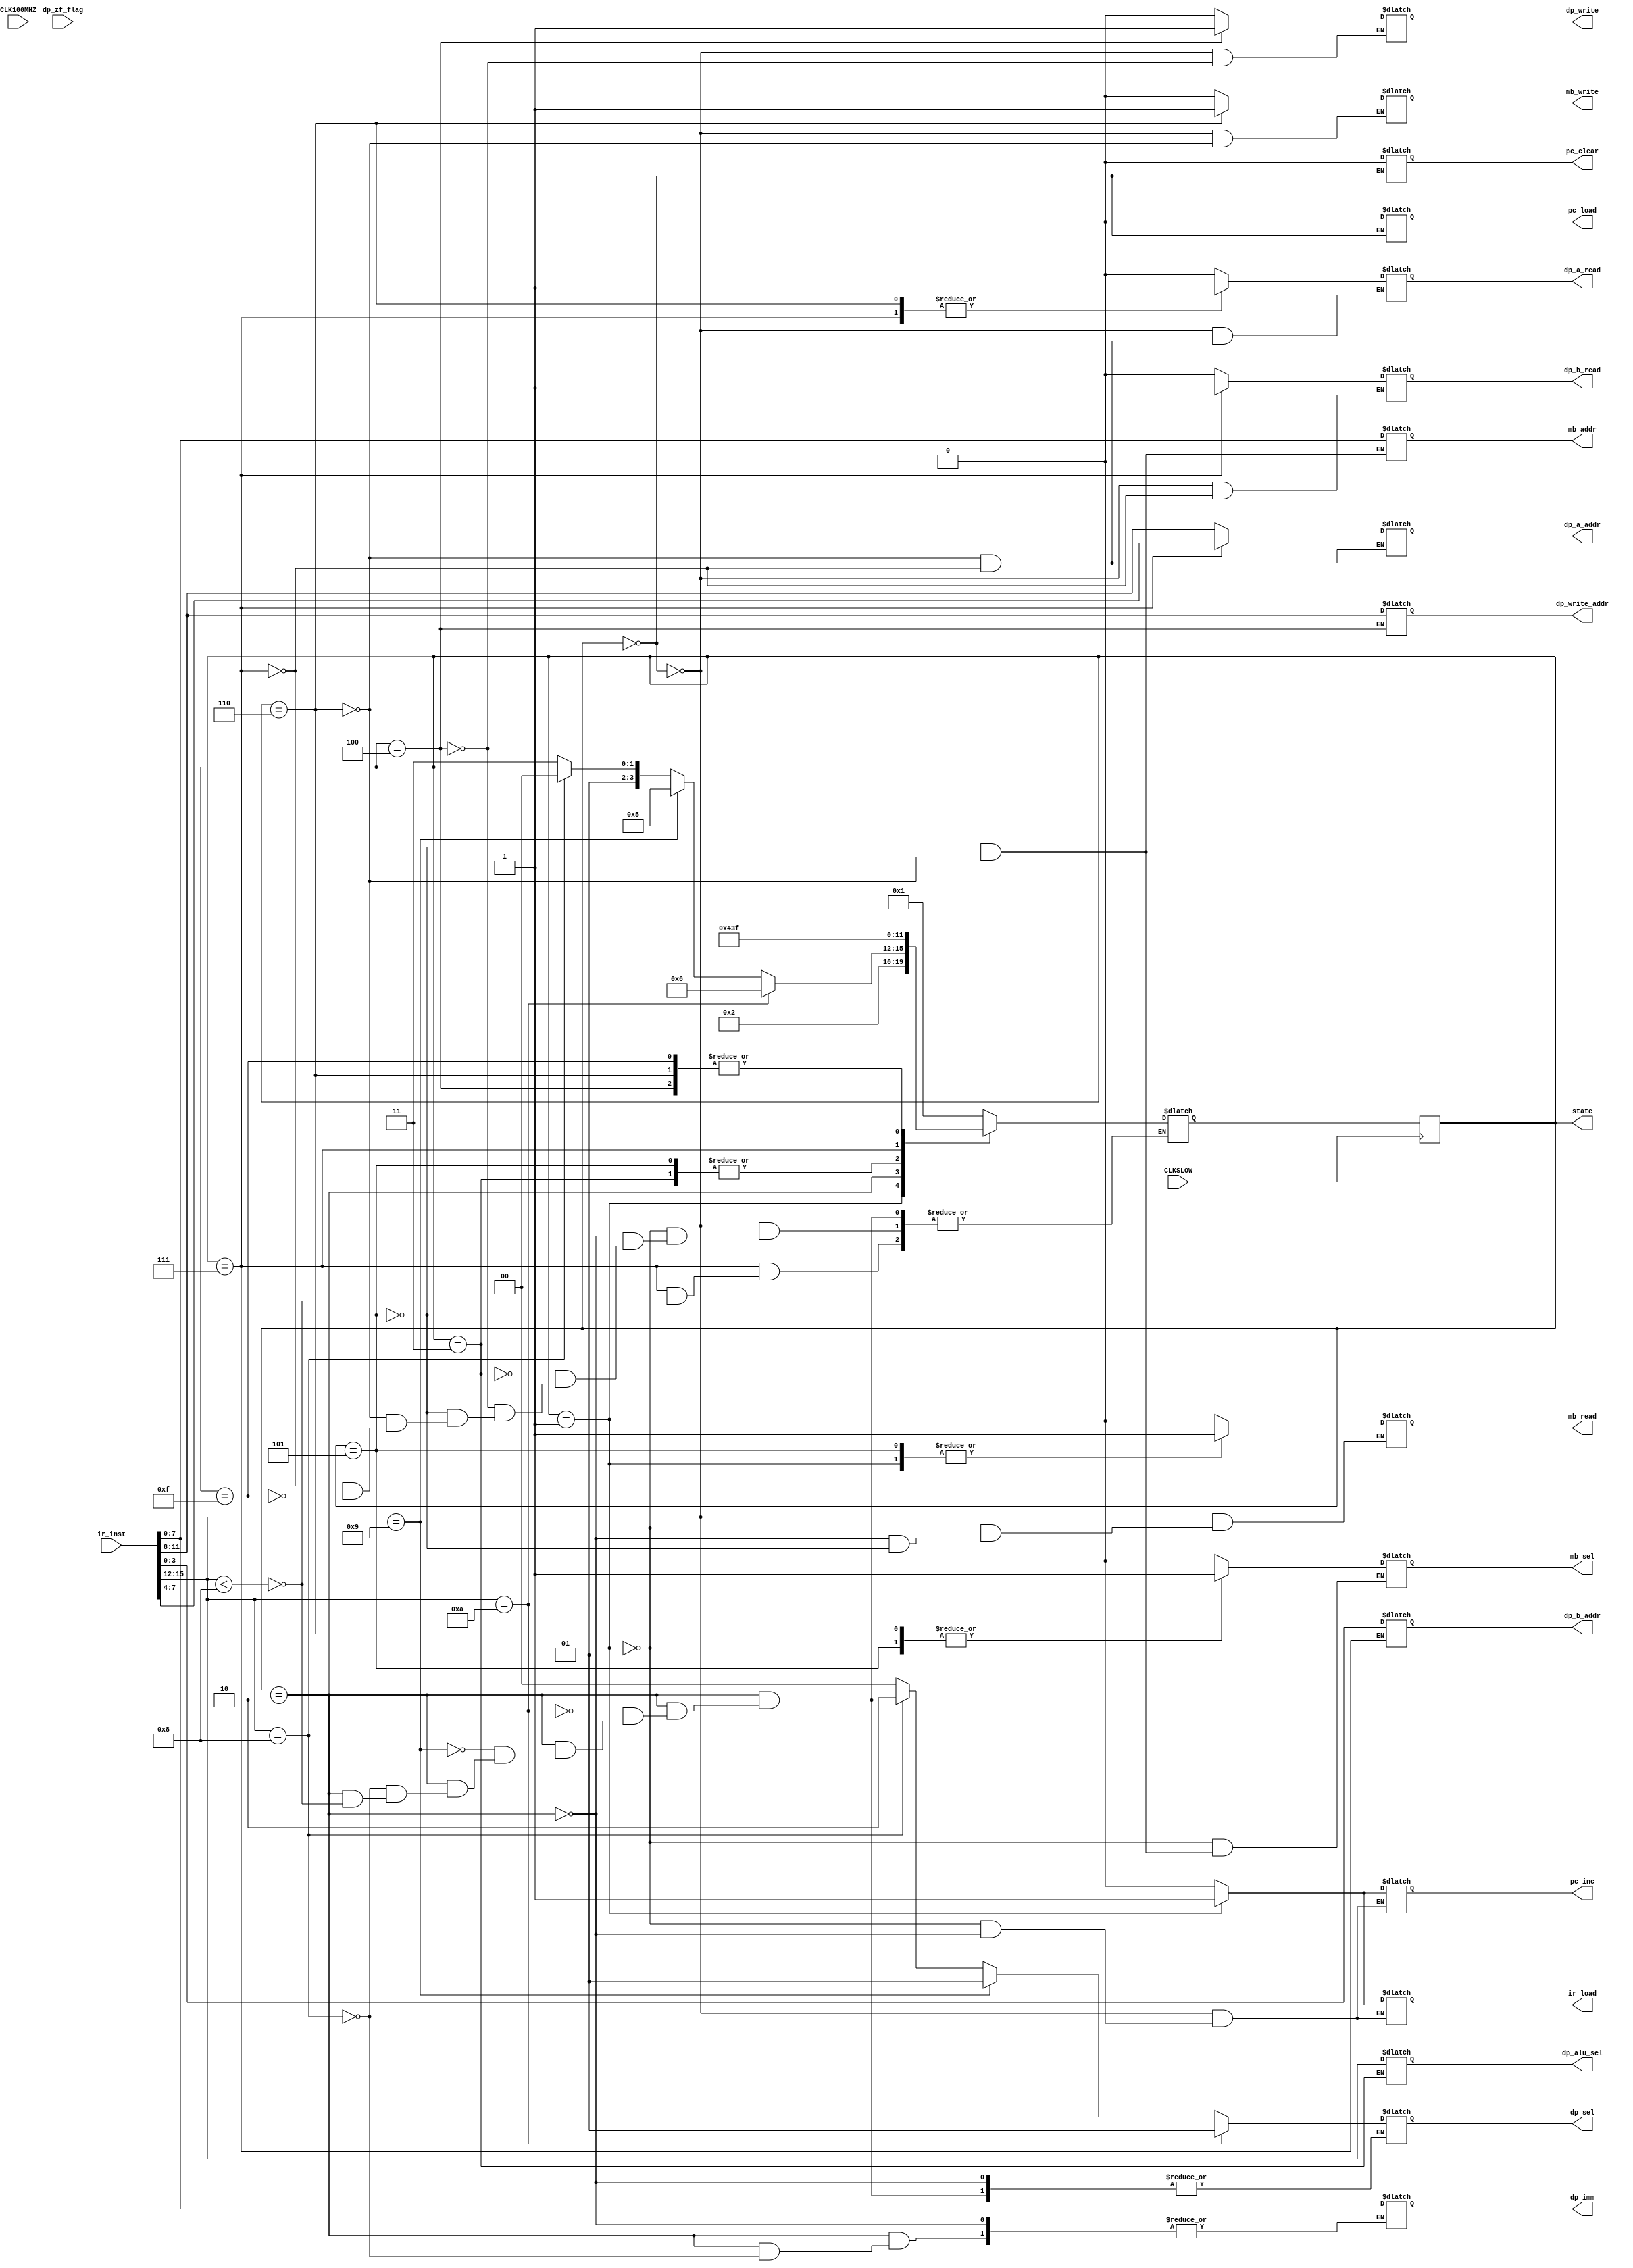
`timescale 1ns / 1ps
module CONTROLLER(
input CLK100MHZ,
input CLKSLOW,

input [15:0] ir_inst,

input dp_zf_flag,

//TO PC
output reg pc_load,
output reg pc_clear,
output reg pc_inc,

//TO IR
output reg ir_load,

//TO MEMBANK
output reg mb_sel,
output reg [7:0] mb_addr,

output reg mb_read,
output reg mb_write,

//TO DP
output reg [7:0] dp_imm,
output reg [1:0] dp_sel,

output reg [3:0] dp_write_addr,
output reg dp_write,

output reg [3:0] dp_a_addr,
output reg dp_a_read,

output reg [3:0] dp_b_addr,
output reg dp_b_read,

output reg [3:0] dp_alu_sel,

//DIAGNOSTICS
output reg [3:0] state
);

//RESET = 0, FETCH = 1, DECODE = 2, EXECUTE = 3, REGWRITE = 4, MEMREAD = 5, MEMWRITE = 6, REGREAD = 7 LINGO = F

reg [3:0] n_state;

initial n_state = 4'h0;
initial state = 4'h0;

always@(posedge CLKSLOW) begin
    state = n_state;
end

always@(state) begin
    case(state)
    4'h0:   begin   //RESET
                dp_write = 1'b0;    //FOR WB
                dp_a_read = 1'b0;
                dp_b_read = 1'b0;
                
                mb_read = 1'b0;
                mb_write = 1'b0;
                
                ir_load = 1'b0;
                pc_load = 1'b0;
                pc_clear = 1'b0;
                pc_inc = 1'b0;
                
                n_state = 4'h1;
            end
    4'h1:   begin   //FETCH
                mb_sel = 1'b0;
                
                mb_read = 1'b1;
                ir_load = 1'b1;
                pc_inc = 1'b1;
                             
                
                n_state = 4'h2;
            end
    4'h2:   begin   //DECODE
                mb_read = 1'b0;
                ir_load = 1'b0;
                pc_inc = 1'b0;
                                
                //if ALU operations
                if(ir_inst[15:12] < 4'h8) begin
                    dp_sel = 2'b00;     //select ALU in MUX
                    
                    n_state = 4'h7;
                end
                
                //for LI
                if(ir_inst[15:12] == 4'h8) begin
                    dp_sel = 2'b10;     //select IMM in MUX
                    
                    dp_imm = ir_inst[7:0];
                    
                    n_state = 4'h4;
                
                end
                
                //for LW
                if( (ir_inst[15:12] == 4'h9) ) begin
                    dp_sel = 2'b01;     //select MEM in MUX
                    
                    n_state = 4'h5;
                
                end
                
                //for SW
                if( (ir_inst[15:12] == 4'hA) ) begin
                    dp_sel = 2'b01;     //select MEM in MUX
                    
                    n_state = 4'h6;
                end
                
            end
    4'h3:   begin   //EXECUTE
                dp_alu_sel = ir_inst[15:12];
                
                n_state = 4'h4;   
            end
            
    4'h4:   begin   //WRITE 
                dp_write_addr = ir_inst[11:8];
                dp_write = 1'b1;
                
                n_state = 4'hF;
            end
    4'h5:   begin   //MEMREAD
                mb_sel = 1'b1;
                mb_addr = ir_inst[7:0];
                
                mb_read = 1'b1;
                
                n_state = 4'h4;
            end
    4'h6:   begin   //FOR SW ONLY (MEMWRITE)
                dp_a_addr = ir_inst[11:8];
                dp_a_read = 1'b1;
                
                mb_sel = 1'b1;
                mb_addr = ir_inst[7:0];
                
                mb_write = 1'b1;
                
                n_state = 4'hF;
                
            end
            
    4'h7:   begin   //REGREAD
                dp_a_addr = ir_inst[7:4];
                dp_b_addr = ir_inst[3:0];
                dp_a_read = 1'b1;
                dp_b_read = 1'b1;
                
                if(ir_inst[15:12] < 4'h8) begin
                    n_state = 4'h3;
                end
            end
    4'hF:   begin   //LINGO
                //dp_write = 1'b0;
                
                //n_state = 4'hF;
                n_state = 4'hF;
            end
    endcase
end
endmodule